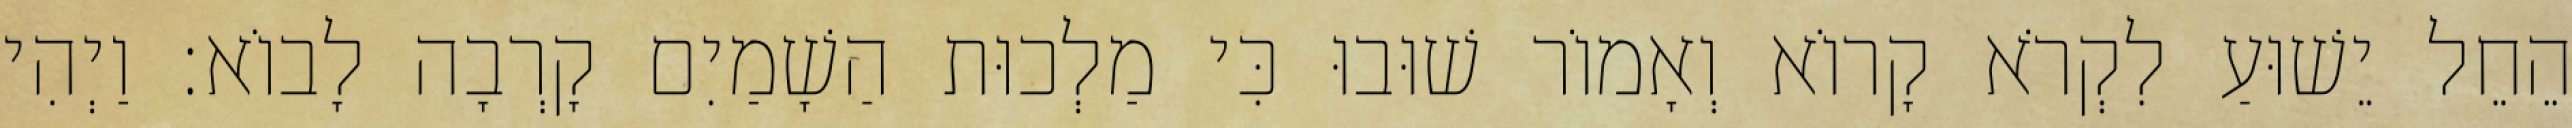
הֵחֵל יֵשׁוּעַ לִקְרֹא קָרוֹא וְאָמוֹר שׁוּבוּ כִּי מַלְכוּת הַשָׁמַיִם קָרְבָה לָבוֹא׃ וַיְהִי